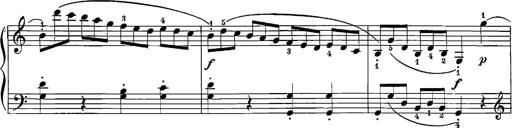
Title: 12 Sonatinas
Composer: Ignaz Pleyel